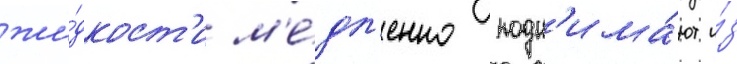
жи́дкост'и м'е́дл'енно подн'има́ют и́з